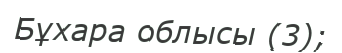
Бұхара облысы (3);